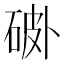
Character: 𰧅